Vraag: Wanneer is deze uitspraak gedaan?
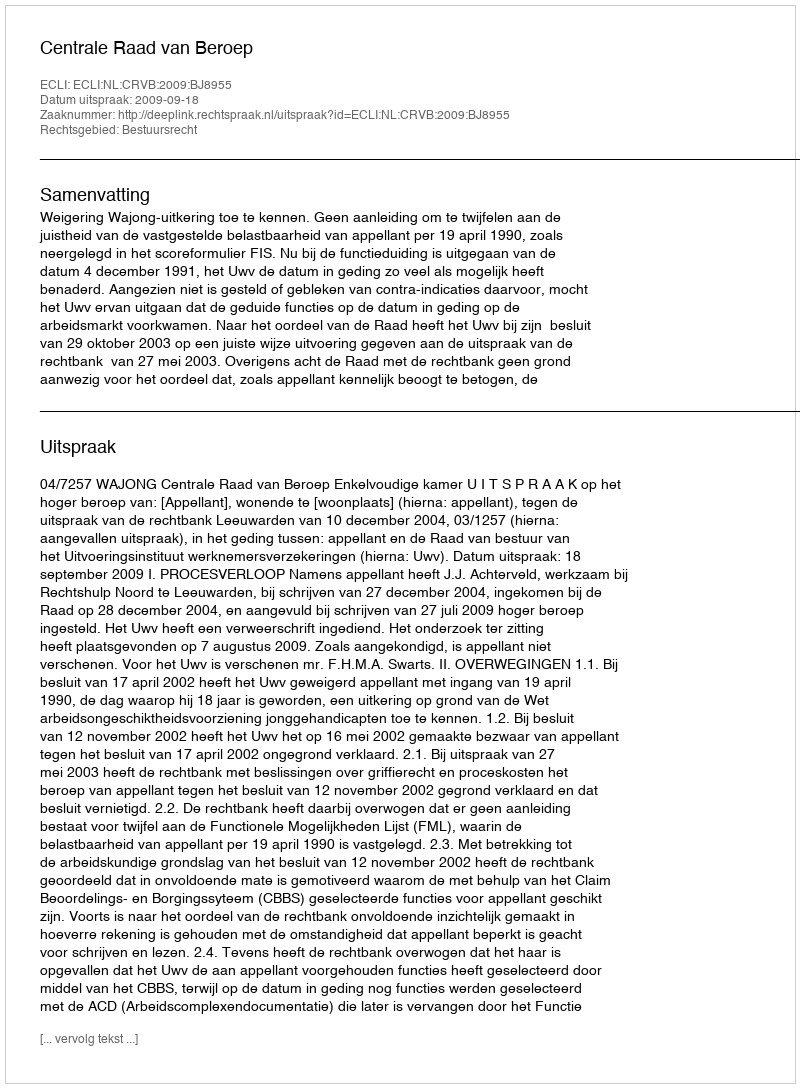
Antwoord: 2009-09-18